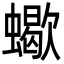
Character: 蠍